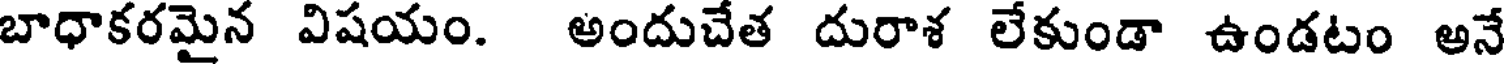
బాధాకరమైన విషయం. అందుచేత దురాశ లేకుండా ఉండటం అనే